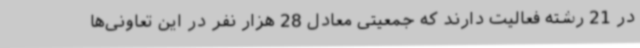
در 21 رشته فعالیت دارند که جمعیتی معادل 28 هزار نفر در این تعاونی‌ها